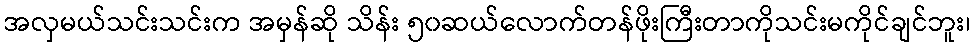
အလှမယ်သင်းသင်းက အမှန်ဆို သိန်း ၅၀ဆယ်လောက်တန်ဖိုးကြီးတာကိုသင်းမကိုင်ချင်ဘူး၊